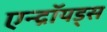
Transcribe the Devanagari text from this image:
एन्द्रॉयड्स